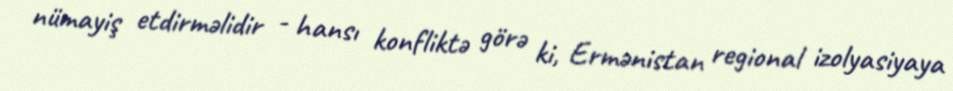
nümayiş etdirməlidir - hansı konfliktə görə ki, Ermənistan regional izolyasiyaya